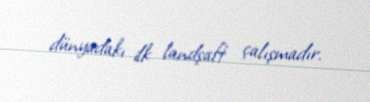
dünyadakı ilk landşaft çalışmadır.